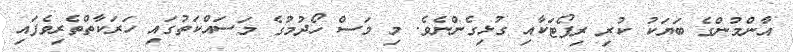
އާންމުންގެ ބަޔަކު ކުރި ރިޕޯޓަކާއި ގުޅިގެންނެވެ. މި މަސް ހޯދުމުގެ މަސައްކަތުގައި ހަރަކާތްތެރިވެފައި